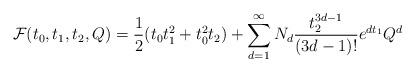
LaTeX: \begin{align*} \mathcal{F}(t_0,t_1,t_2,Q) = \frac{1}{2} (t_0 t_1^2 + t_0^2 t_2) + \sum_{d=1}^\infty N_d \frac{t_2^{3d-1}}{(3d-1)!} e^{dt_1}Q^d \end{align*}